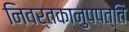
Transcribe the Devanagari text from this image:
निवर्तकानुपपत्ति